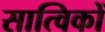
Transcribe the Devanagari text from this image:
सात्विकों